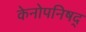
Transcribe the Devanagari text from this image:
केनोपनिषद्